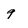
Character: 9